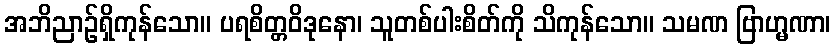
အဘိညာဉ်ရှိကုန်သော။ ပရစိတ္တဝိဒုနော၊ သူတစ်ပါးစိတ်ကို သိကုန်သော။ သမဏ ဗြာဟ္မဏာ၊